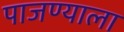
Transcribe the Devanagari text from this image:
पाजण्याला